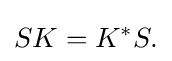
\displaystyle {SK=K^{*}S.}